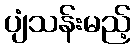
ပျံသန်းမည့်